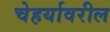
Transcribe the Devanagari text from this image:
चेहर्यावरील